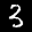
Label: 3